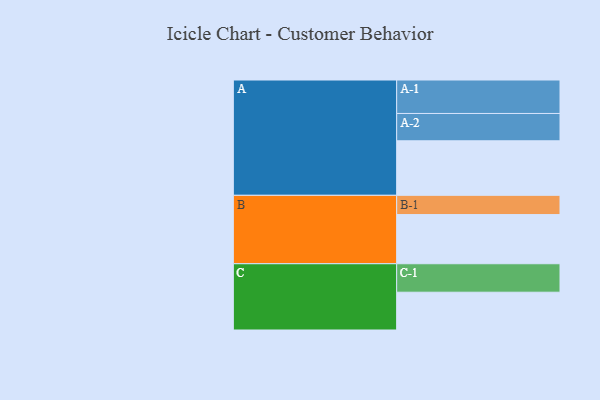
{"axis": {"x": "Segment", "y": "Value"}, "legend": ["", "A", "B", "C"], "data": [{"x": "A", "y": 479, "type": ""}, {"x": "B", "y": 432, "type": ""}, {"x": "C", "y": 332, "type": ""}, {"x": "A-1", "y": 294, "type": "A"}, {"x": "A-2", "y": 240, "type": "A"}, {"x": "B-1", "y": 169, "type": "B"}, {"x": "C-1", "y": 250, "type": "C"}]}